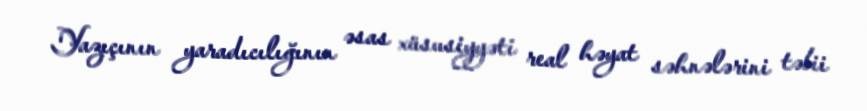
Yazıçının yaradıcılığının əsas xüsusiyyəti real həyat səhnələrini təbii